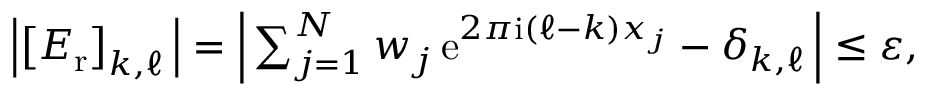
\begin{array} { r } { \left| \left[ \boldsymbol E _ { \mathrm { r } } \right] _ { \boldsymbol k , \boldsymbol \ell } \, \right| = \left| \, \sum _ { j = 1 } ^ { N } w _ { j } \, \mathrm e ^ { 2 \pi \mathrm i ( \boldsymbol \ell - \boldsymbol k ) \boldsymbol x _ { j } } - \delta _ { \boldsymbol k , \boldsymbol \ell } \, \right| \leq \varepsilon , } \end{array}